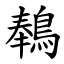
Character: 䳞